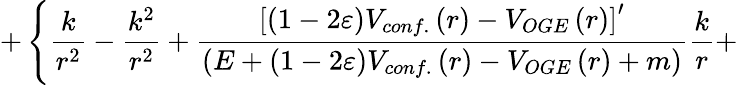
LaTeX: +\left\{ \frac{k}{r^{2}}-\frac{k^{2}}{r^{2}}+\frac{\left[\left(1-2\varepsilon\right)V_{conf.}\left(r\right)-V_{OGE}\left(r\right)\right]^{\prime}}{\left(E+\left(1-2\varepsilon\right)V_{conf.}\left(r\right)-V_{OGE}\left(r\right)+m\right)}\frac{k}{r}+\right.